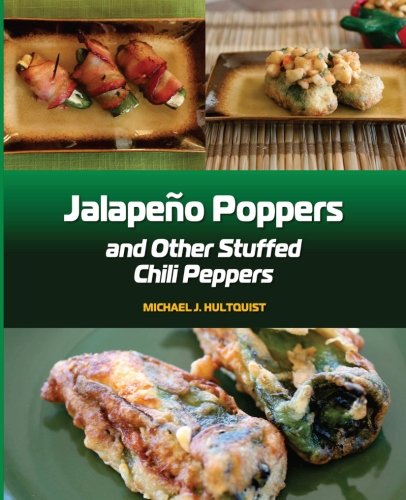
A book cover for Jalapeno Poppers: and Other Stuffed Chili Peppers; Michael J. Hultquist; Cookbooks, Food & Wine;